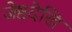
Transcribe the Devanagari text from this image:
जेष्ठदेखि